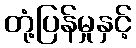
တုံ့ပြန်မှုနှင့်